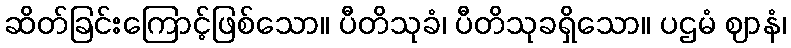
ဆိတ်ခြင်းကြောင့်ဖြစ်သော။ ပီတိသုခံ၊ ပီတိသုခရှိသော။ ပဌမံ ဈာနံ၊